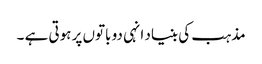
مذہب کی بنیاد انہی دو باتوں پر ہوتی ہے ۔